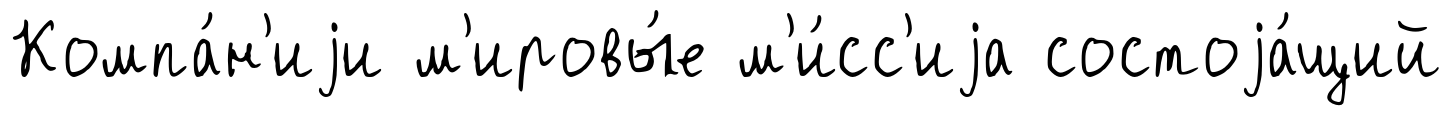
Компа́н'иjи м'ировы́е м'и́сс'иjа состоjа́щий